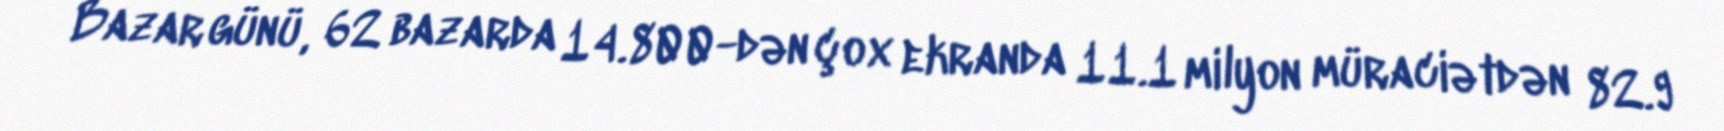
Bazar günü, 62 bazarda 14.800-dən çox ekranda 11.1 milyon müraciətdən 82.9